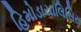
હિમોડાયાલિસિસ